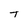
Character: T